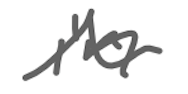
Text: in
Cross-out: wave
Writing tool: digital_gray